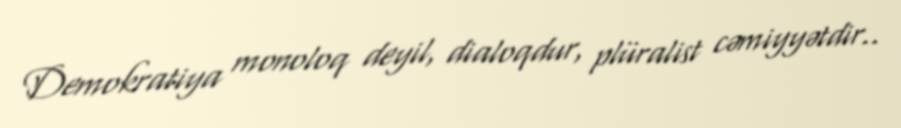
Demokratiya monoloq deyil, dialoqdur, plüralist cəmiyyətdir..